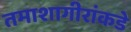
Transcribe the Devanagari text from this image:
तमाशागीरांकडे